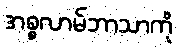
အစ္စလာမ်ဘာသာကို